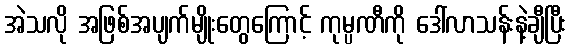
အဲသလို အဖြစ်အပျက်မျိုးတွေကြောင့် ကုမ္ပဏီကို ဒေါ်လာသန်းနဲ့ချီပြီး